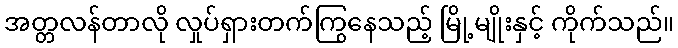
အတ္တလန်တာလို လှုပ်ရှားတက်ကြွနေသည့် မြို့မျိုးနှင့် ကိုက်သည်။